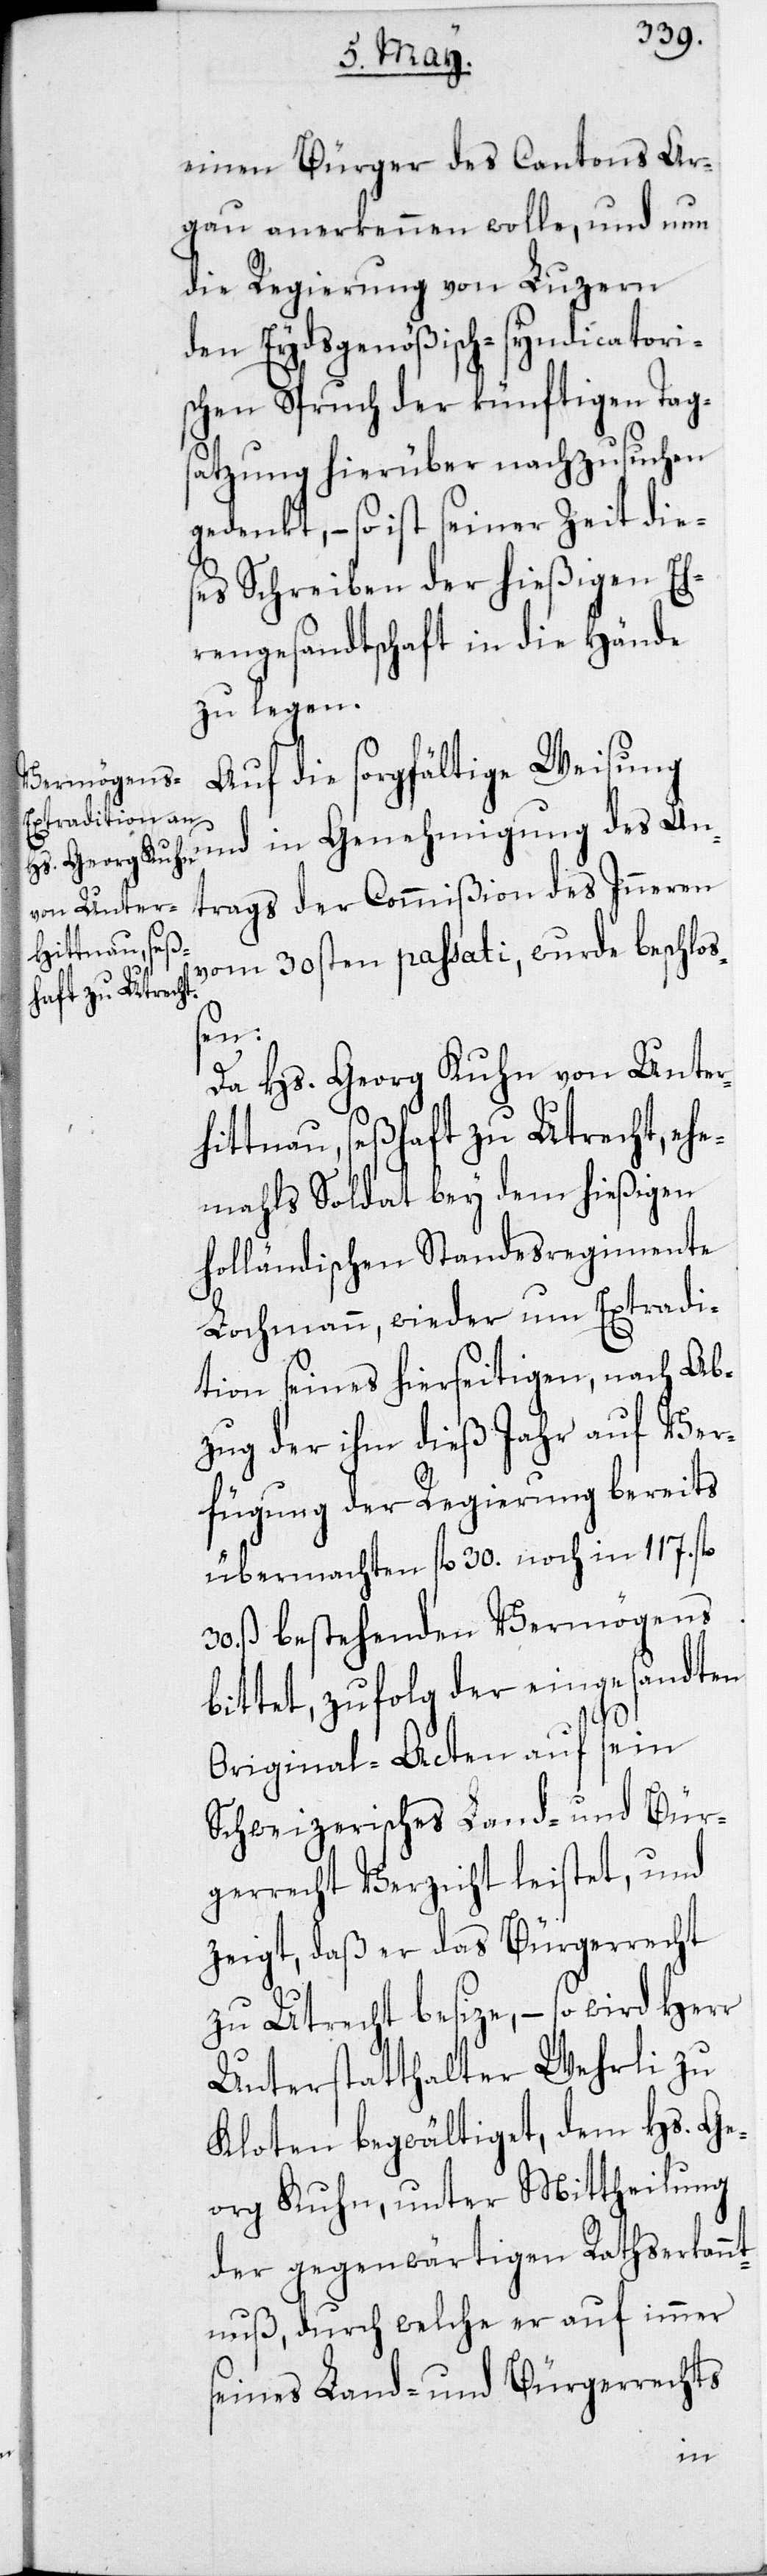
einen Bürger des Cantons Ar¬
gau anerkennen wolle, und nun
die Regierung von Luzern
den Eydsgenößischen-syndicatoris¬
chen Spruch der künftigen Tags¬
atzung hierüber nachzusuchen
gedenkt, – so ist seiner Zeit dies¬
es Schreiben der hießigen Eh¬
rengesandtschaft in die Hände
zu legen.
Auf die sorgfältige Weisung
und in Genehmigung des An¬
trags der Commißion des Inneren
vom 30sten passati, wurde beschloß¬
en:
Da Hs. Georg Kuhn von Unter¬
hittnau, seßhaft zu Utrecht, ehe¬
mahls Soldat bey dem hießigen
holländischen Standesregimente
Lochmann, wieder um Extradi¬
tion seines hierseitigen, nach Ab¬
zug der ihm dieß Jahr auf Ver¬
fügung der Regierung bereits
übermachten fl. 30. noch in 117. fl.
30. ß bestehenden Vermögens
bittet, zufolg der eingesandten
Original-Acten auf sein
Schweizerisches Land- und Bür¬
gerrecht Verzicht leistet, und
zeigt, daß er das Bürgerrecht
zu Utrecht besize, – so wird Herr
Unterstatthalter Wehrli zu
Kloten begwältiget, dem Hs. Ge¬
org Kuhn, unter Mittheilung
der gegenwärtigen Rathserkann¬
tnuß, durch welche er auf immer
seines Land- und Bürgerrechts